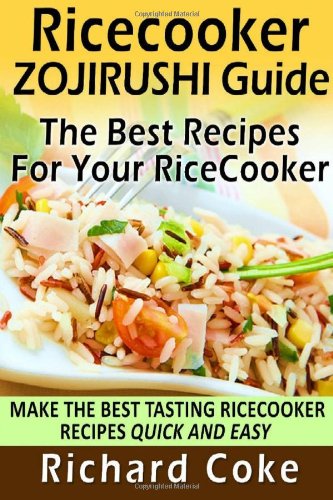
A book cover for Rice Cooker Zojirushi Guide: The Best Recipes For Your Rice Cooker: Make The Best Tasting Rice Cooker Recipes Quick And Easy; Richard Coke; Cookbooks, Food & Wine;